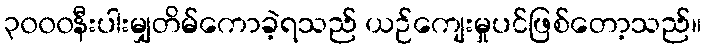
၃၀၀၀နီးပါးမျှတိမ်ကောခဲ့ရသည် ယဉ်ကျေးမှုပင်ဖြစ်တော့သည်။